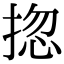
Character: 㧾